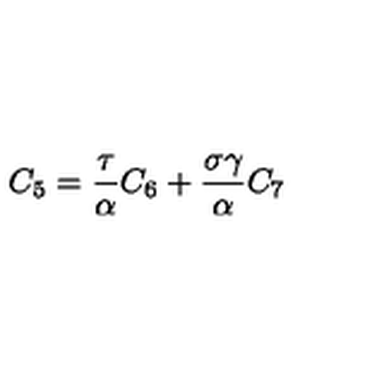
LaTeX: C _ { 5 } = \frac \tau \alpha C _ { 6 } + \frac { \sigma \gamma } \alpha C _ { 7 }